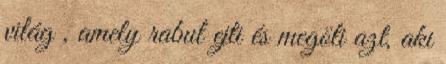
világ , amely rabul ejti és megöli azt, aki